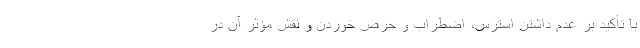
با تأکید بر عدم داشتن استرس، اضطراب و حرص‌ خوردن و نقش مؤثر آن در